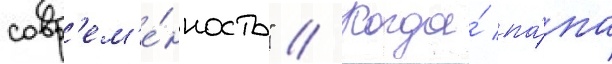
совр'ем'е́нность" // Когда́ па́па